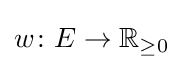
w\colon E\to \mathbb {R} _{\geq 0}